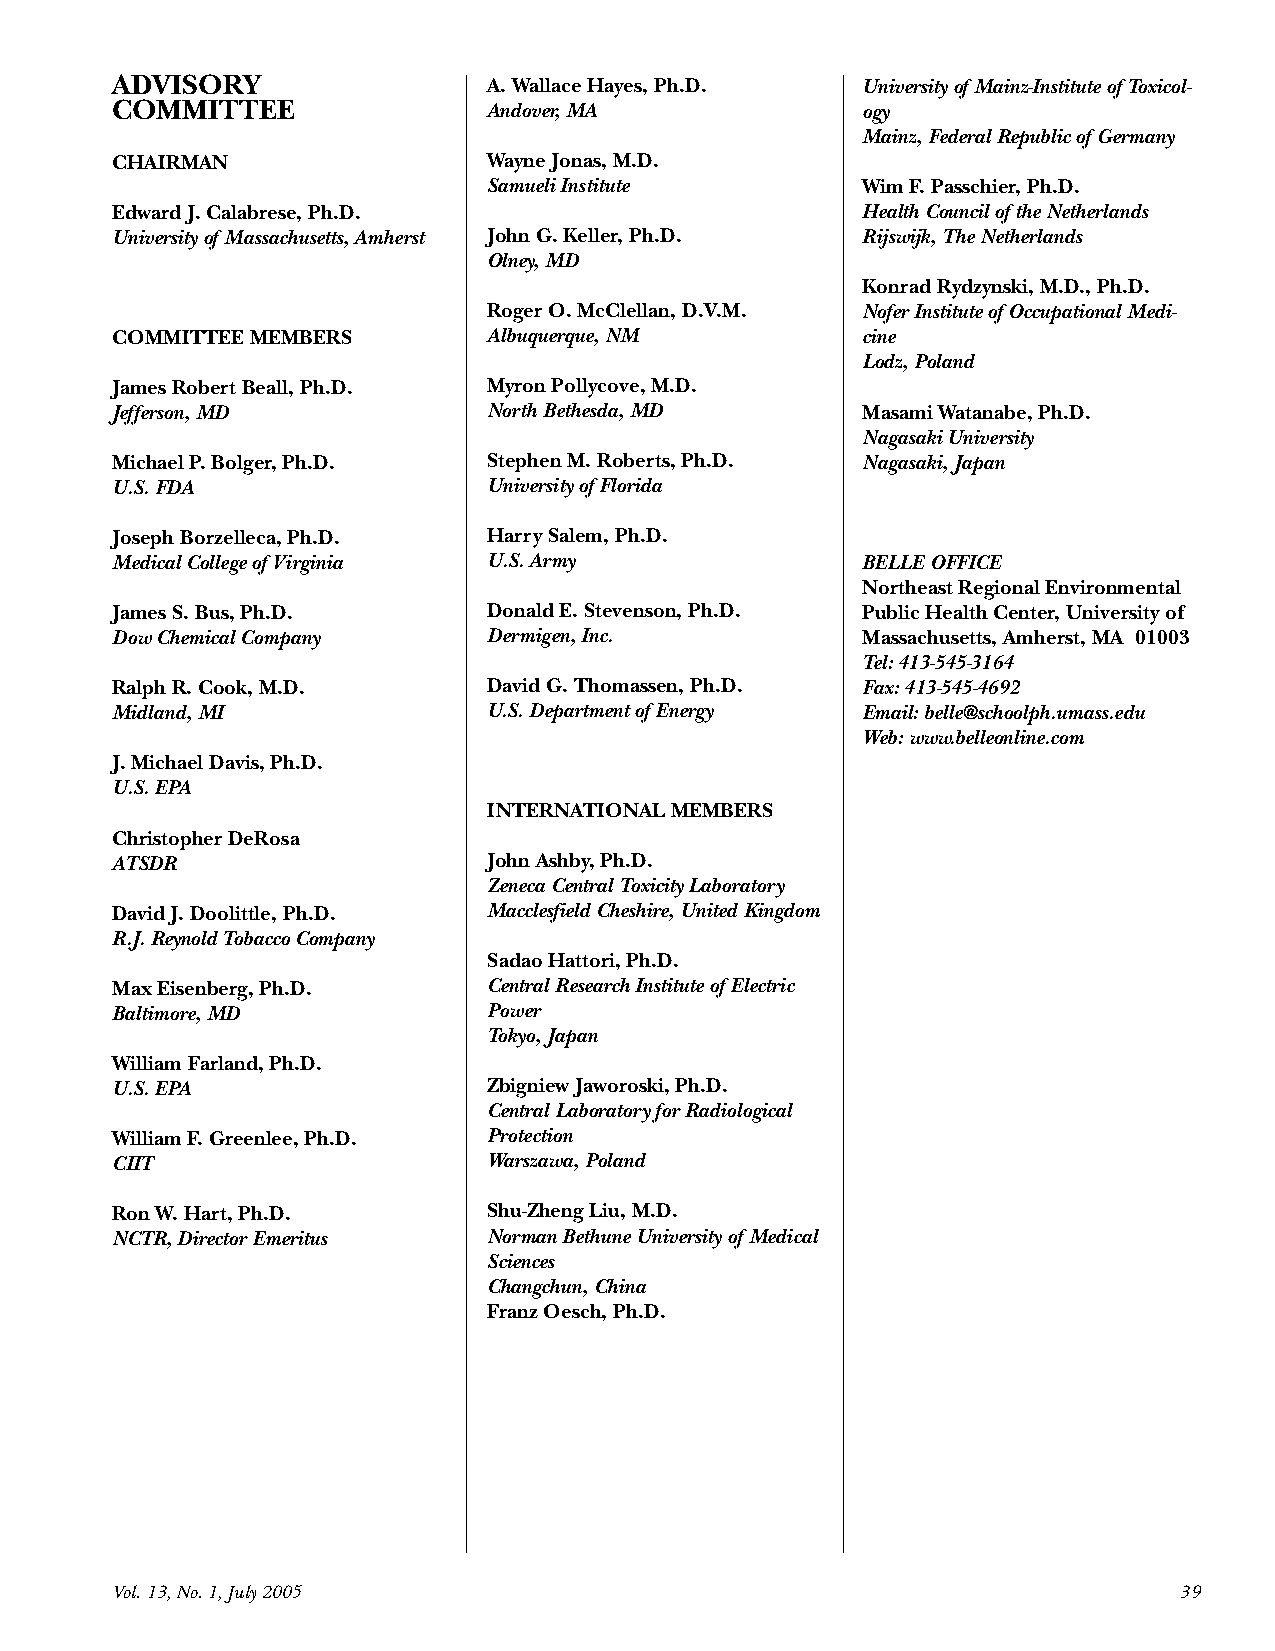
ADVISORY                 A. Wallace Hayes, Ph.D.  University of Mainz-Institute of Toxicol-
 COMMITTEE                Andover, MA              ogy
 Mainz, Federal Republic of Germany
 CHAIRMAN                 Wayne Jonas, M.D.
 Samueli Institute        Wim F. Passchier, Ph.D.
 Edward J. Calabrese, Ph.D.                        Health Council of the Netherlands
 University of Massachusetts, Amherst John G. Keller, Ph.D. Rijswijk, The Netherlands
 Olney, MD
 Konrad Rydzynski, M.D., Ph.D.
 Roger O. McClellan, D.V.M. Nofer Institute of Occupational Medi-
 COMMITTEE MEMBERS        Albuquerque, NM          cine
 Lodz, Poland
 James Robert Beall, Ph.D. Myron Pollycove, M.D.
 Jefferson, MD            North Bethesda, MD       Masami Watanabe, Ph.D.
 Nagasaki University
 Michael P. Bolger, Ph.D. Stephen M. Roberts, Ph.D. Nagasaki, Japan
 U.S. FDA                 University of Florida
 Joseph Borzelleca, Ph.D. Harry Salem, Ph.D.
 Medical College of Virginia U.S. Army             BELLE OFFICE
 Northeast Regional Environmental
 James S. Bus, Ph.D.      Donald E. Stevenson, Ph.D. Public Health Center, University of
 Dow Chemical Company     Dermigen, Inc.           Massachusetts, Amherst, MA 01003
 Tel: 413-545-3164
 Ralph R. Cook, M.D.      David G. Thomassen, Ph.D. Fax: 413-545-4692
 Midland, MI              U.S. Department of Energy Email: belle@schoolph.umass.edu
 Web: www.belleonline.com
 J. Michael Davis, Ph.D.
 U.S. EPA
 INTERNATIONAL MEMBERS
 Christopher DeRosa
 ATSDR                    John Ashby, Ph.D.
 Zeneca Central Toxicity Laboratory
 David J. Doolittle, Ph.D. Macclesfield Cheshire, United Kingdom
 R.J. Reynold Tobacco Company
 Sadao Hattori, Ph.D.
 Max Eisenberg, Ph.D.     Central Research Institute of Electric
 Baltimore, MD            Power
 Tokyo, Japan
 William Farland, Ph.D.
 U.S. EPA                 Zbigniew Jaworoski, Ph.D.
 Central Laboratory for Radiological
 William F. Greenlee, Ph.D. Protection
 CIIT                     Warszawa, Poland
 Ron W. Hart, Ph.D.       Shu-Zheng Liu, M.D.
 NCTR, Director Emeritus  Norman Bethune University of Medical
 Sciences
 Changchun, China
 Franz Oesch, Ph.D.
 Vol. 13, No. 1, July 2005                                              39